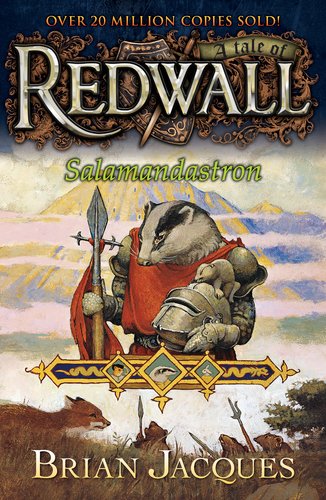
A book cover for Salamandastron (Redwall, Book 5); Brian Jacques; Children's Books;